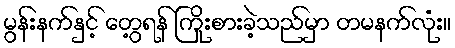
မွန်းနက်နှင့် တွေ့ရန် ကြိုးစားခဲ့သည်မှာ တမနက်လုံး။